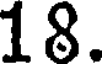
18.